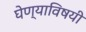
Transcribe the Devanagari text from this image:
घेण्‍याविषयी